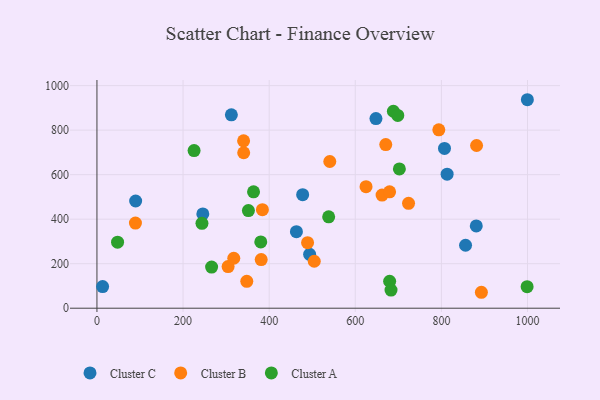
{"axis": {"x": "Distance", "y": "Profit"}, "legend": ["Cluster A", "Cluster B", "Cluster C"], "data": [{"x": "648.0", "y": 852.2, "type": "Cluster C"}, {"x": "312.2", "y": 868.9, "type": "Cluster C"}, {"x": "13.2", "y": 97.2, "type": "Cluster C"}, {"x": "494.0", "y": 242.3, "type": "Cluster C"}, {"x": "477.8", "y": 510.3, "type": "Cluster C"}, {"x": "807.2", "y": 717.7, "type": "Cluster C"}, {"x": "463.3", "y": 343.7, "type": "Cluster C"}, {"x": "881.0", "y": 369.5, "type": "Cluster C"}, {"x": "89.9", "y": 481.6, "type": "Cluster C"}, {"x": "245.9", "y": 423.4, "type": "Cluster C"}, {"x": "856.1", "y": 282.9, "type": "Cluster C"}, {"x": "813.3", "y": 602.4, "type": "Cluster C"}, {"x": "999.7", "y": 936.7, "type": "Cluster C"}, {"x": "892.9", "y": 71.6, "type": "Cluster B"}, {"x": "662.2", "y": 508.3, "type": "Cluster B"}, {"x": "348.0", "y": 120.6, "type": "Cluster B"}, {"x": "489.2", "y": 294.4, "type": "Cluster B"}, {"x": "304.6", "y": 186.9, "type": "Cluster B"}, {"x": "794.0", "y": 801.3, "type": "Cluster B"}, {"x": "89.4", "y": 382.6, "type": "Cluster B"}, {"x": "504.7", "y": 211.0, "type": "Cluster B"}, {"x": "670.8", "y": 735.1, "type": "Cluster B"}, {"x": "723.7", "y": 471.1, "type": "Cluster B"}, {"x": "381.5", "y": 218.3, "type": "Cluster B"}, {"x": "625.0", "y": 546.1, "type": "Cluster B"}, {"x": "679.7", "y": 522.8, "type": "Cluster B"}, {"x": "340.8", "y": 698.5, "type": "Cluster B"}, {"x": "540.8", "y": 659.2, "type": "Cluster B"}, {"x": "881.7", "y": 731.1, "type": "Cluster B"}, {"x": "317.8", "y": 224.4, "type": "Cluster B"}, {"x": "384.3", "y": 442.8, "type": "Cluster B"}, {"x": "340.6", "y": 751.9, "type": "Cluster B"}, {"x": "363.7", "y": 522.8, "type": "Cluster A"}, {"x": "688.5", "y": 885.0, "type": "Cluster A"}, {"x": "702.4", "y": 626.0, "type": "Cluster A"}, {"x": "679.8", "y": 121.1, "type": "Cluster A"}, {"x": "243.9", "y": 381.4, "type": "Cluster A"}, {"x": "999.1", "y": 96.9, "type": "Cluster A"}, {"x": "351.8", "y": 438.5, "type": "Cluster A"}, {"x": "698.7", "y": 866.0, "type": "Cluster A"}, {"x": "225.6", "y": 708.4, "type": "Cluster A"}, {"x": "380.5", "y": 298.0, "type": "Cluster A"}, {"x": "47.9", "y": 296.9, "type": "Cluster A"}, {"x": "538.2", "y": 410.4, "type": "Cluster A"}, {"x": "266.3", "y": 184.6, "type": "Cluster A"}, {"x": "683.0", "y": 81.6, "type": "Cluster A"}]}